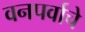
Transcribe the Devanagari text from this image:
वनपर्वाचे